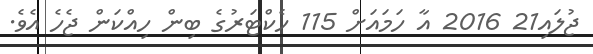
ޖުލައި21 2016 އާ ހަމައަށް 115 ހެކްޓަރުގެ ބިން ހިއްކަން ޖެހެ އެވެ.